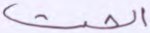
الحث